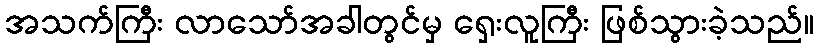
အသက်ကြီး လာသော်အခါတွင်မှ ရှေးလူကြီး ဖြစ်သွားခဲ့သည်။